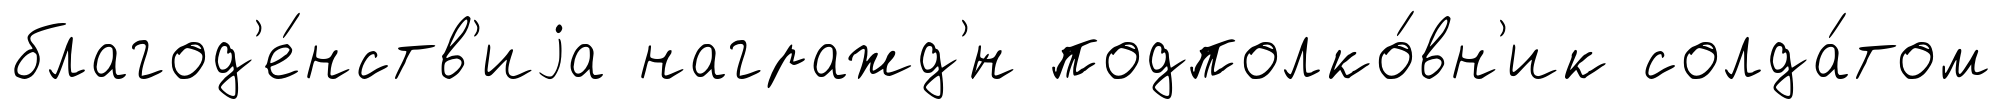
благод'е́нств'иjа награжд'́н подполко́вн'ик солда́том